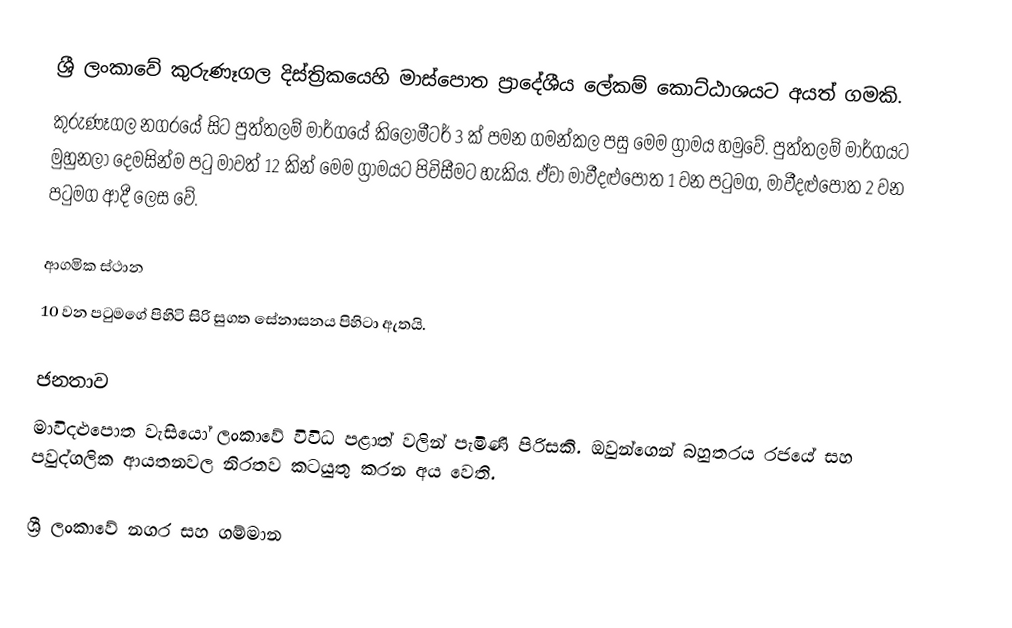
ශ්‍රී ලංකාවේ කුරුණෑගල දිස්ත්‍රිකයෙහි මාස්පොත ප්‍රාදේශීය ලේකම් කොට්ඨාශයට අයත් ගමකි.
කුරුණෑගල නගරයේ සිට පුත්තලම් මාර්ගයේ කිලෝමීටර් 3 ක් පමන ගමන්කල පසු මෙම ග්‍රාමය හමුවේ. පුත්තලම් මාර්ගයට මුහුනලා දෙමසින්ම පටු මාවත් 12 කින් මෙම ග්‍රාමයට පිවිසීමට හැකිය. ඒවා මාවීදළුපොත 1 වන පටුමග, මාවීදළුපොත 2 වන පටුමග ආදී ලෙස වේ.

ආගමික ස්ථාන
10 වන පටුමගේ පිහිටි සිරි සුගත සේනාසනය පිහිටා ඇතයි.

ජනතාව
මාවිදළුපොත වැසියෝ ලංකාවේ විවිධ පළාත් වලින් පැමිණි පිරිසකි.  ඔවුන්ගෙන් බහුතරය රජයේ සහ පවුද්ගලික ආයතනවල  නිරතව කටයුතු කරන අය වෙති.

ශ්‍රී ලංකාවේ නගර සහ ගම්මාන